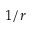
1 / r